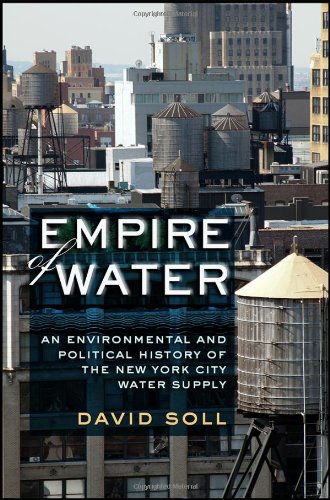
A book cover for Empire of Water: An Environmental and Political History of the New York City Water Supply; David Soll; Science & Math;